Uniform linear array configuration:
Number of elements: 12
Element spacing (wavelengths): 0.5
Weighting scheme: hann
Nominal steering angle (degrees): -45
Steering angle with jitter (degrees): -46.924
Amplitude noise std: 0.05
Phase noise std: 0.05

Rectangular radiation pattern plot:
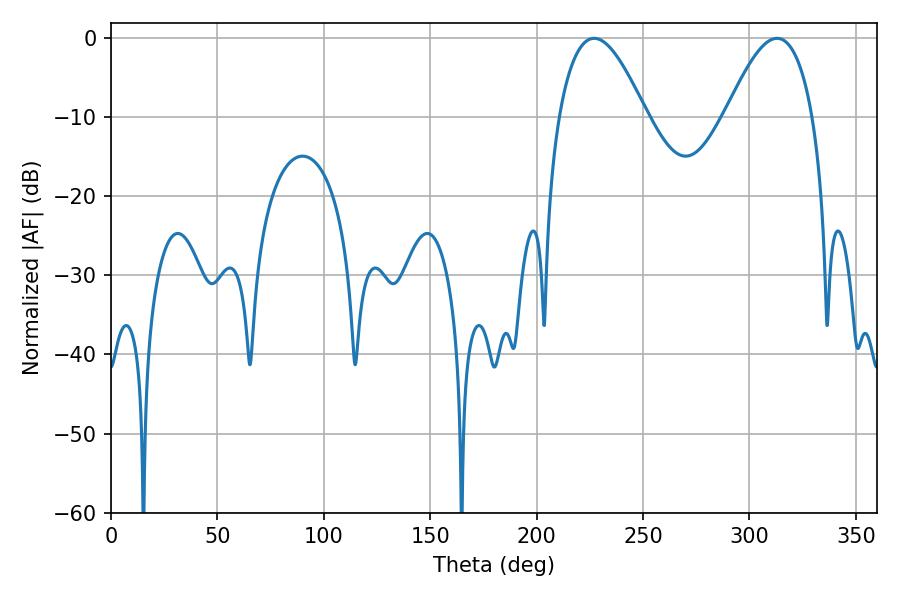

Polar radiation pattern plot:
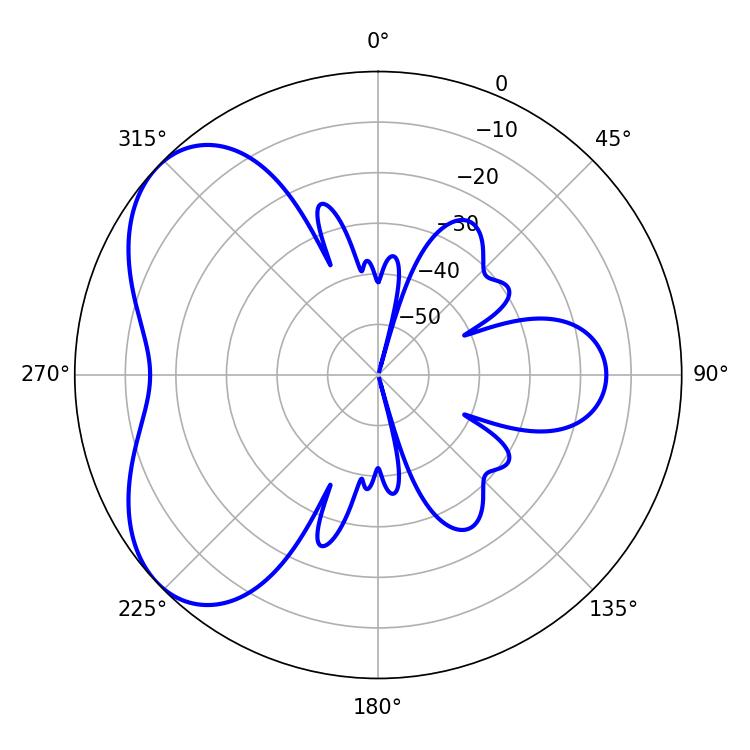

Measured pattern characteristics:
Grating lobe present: FALSE
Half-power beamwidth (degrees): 22.32
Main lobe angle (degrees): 226.98